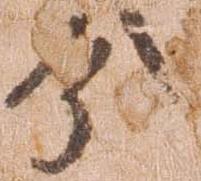
分